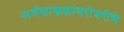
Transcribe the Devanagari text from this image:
अर्थशास्त्रज्ञांबरोबरीचे